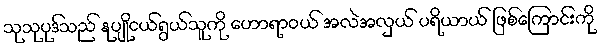
သုသုပုဒ်သည် နုပျိုငယ်ရွယ်သူကို ဟောရာဝယ် အလဲအလှယ် ပရိယာယ် ဖြစ်ကြောင်းကို